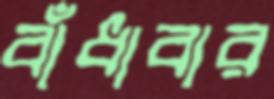
বাঁধাবার